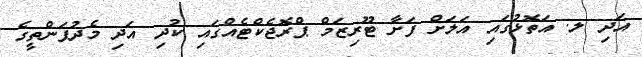
އަދި ލ. އަތޮޅުގައި އަލަށް ފަށާ ޓޫރިޒަމް ޕްރޮޖެކްޓެއްގައި ކުދި އަދި މެދުފަންތީގެ